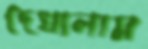
দেখালাম